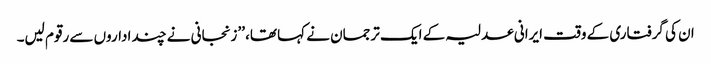
ان کی گرفتاری کے وقت ایرانی عدلیہ کے ایک ترجمان نے کہا تھا، ’’زنجانی نے چند اداروں سے رقوم لیں۔